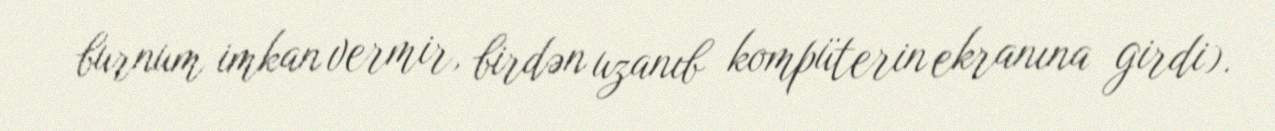
burnum imkan vermir, birdən uzanıb kompüterin ekranına girdi).